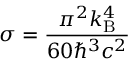
\sigma = { \frac { \pi ^ { 2 } k _ { \mathrm { B } } ^ { 4 } } { 6 0 \hbar ^ { 3 } c ^ { 2 } } }